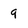
Character: 9